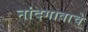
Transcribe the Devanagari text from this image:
नांदगावाचे